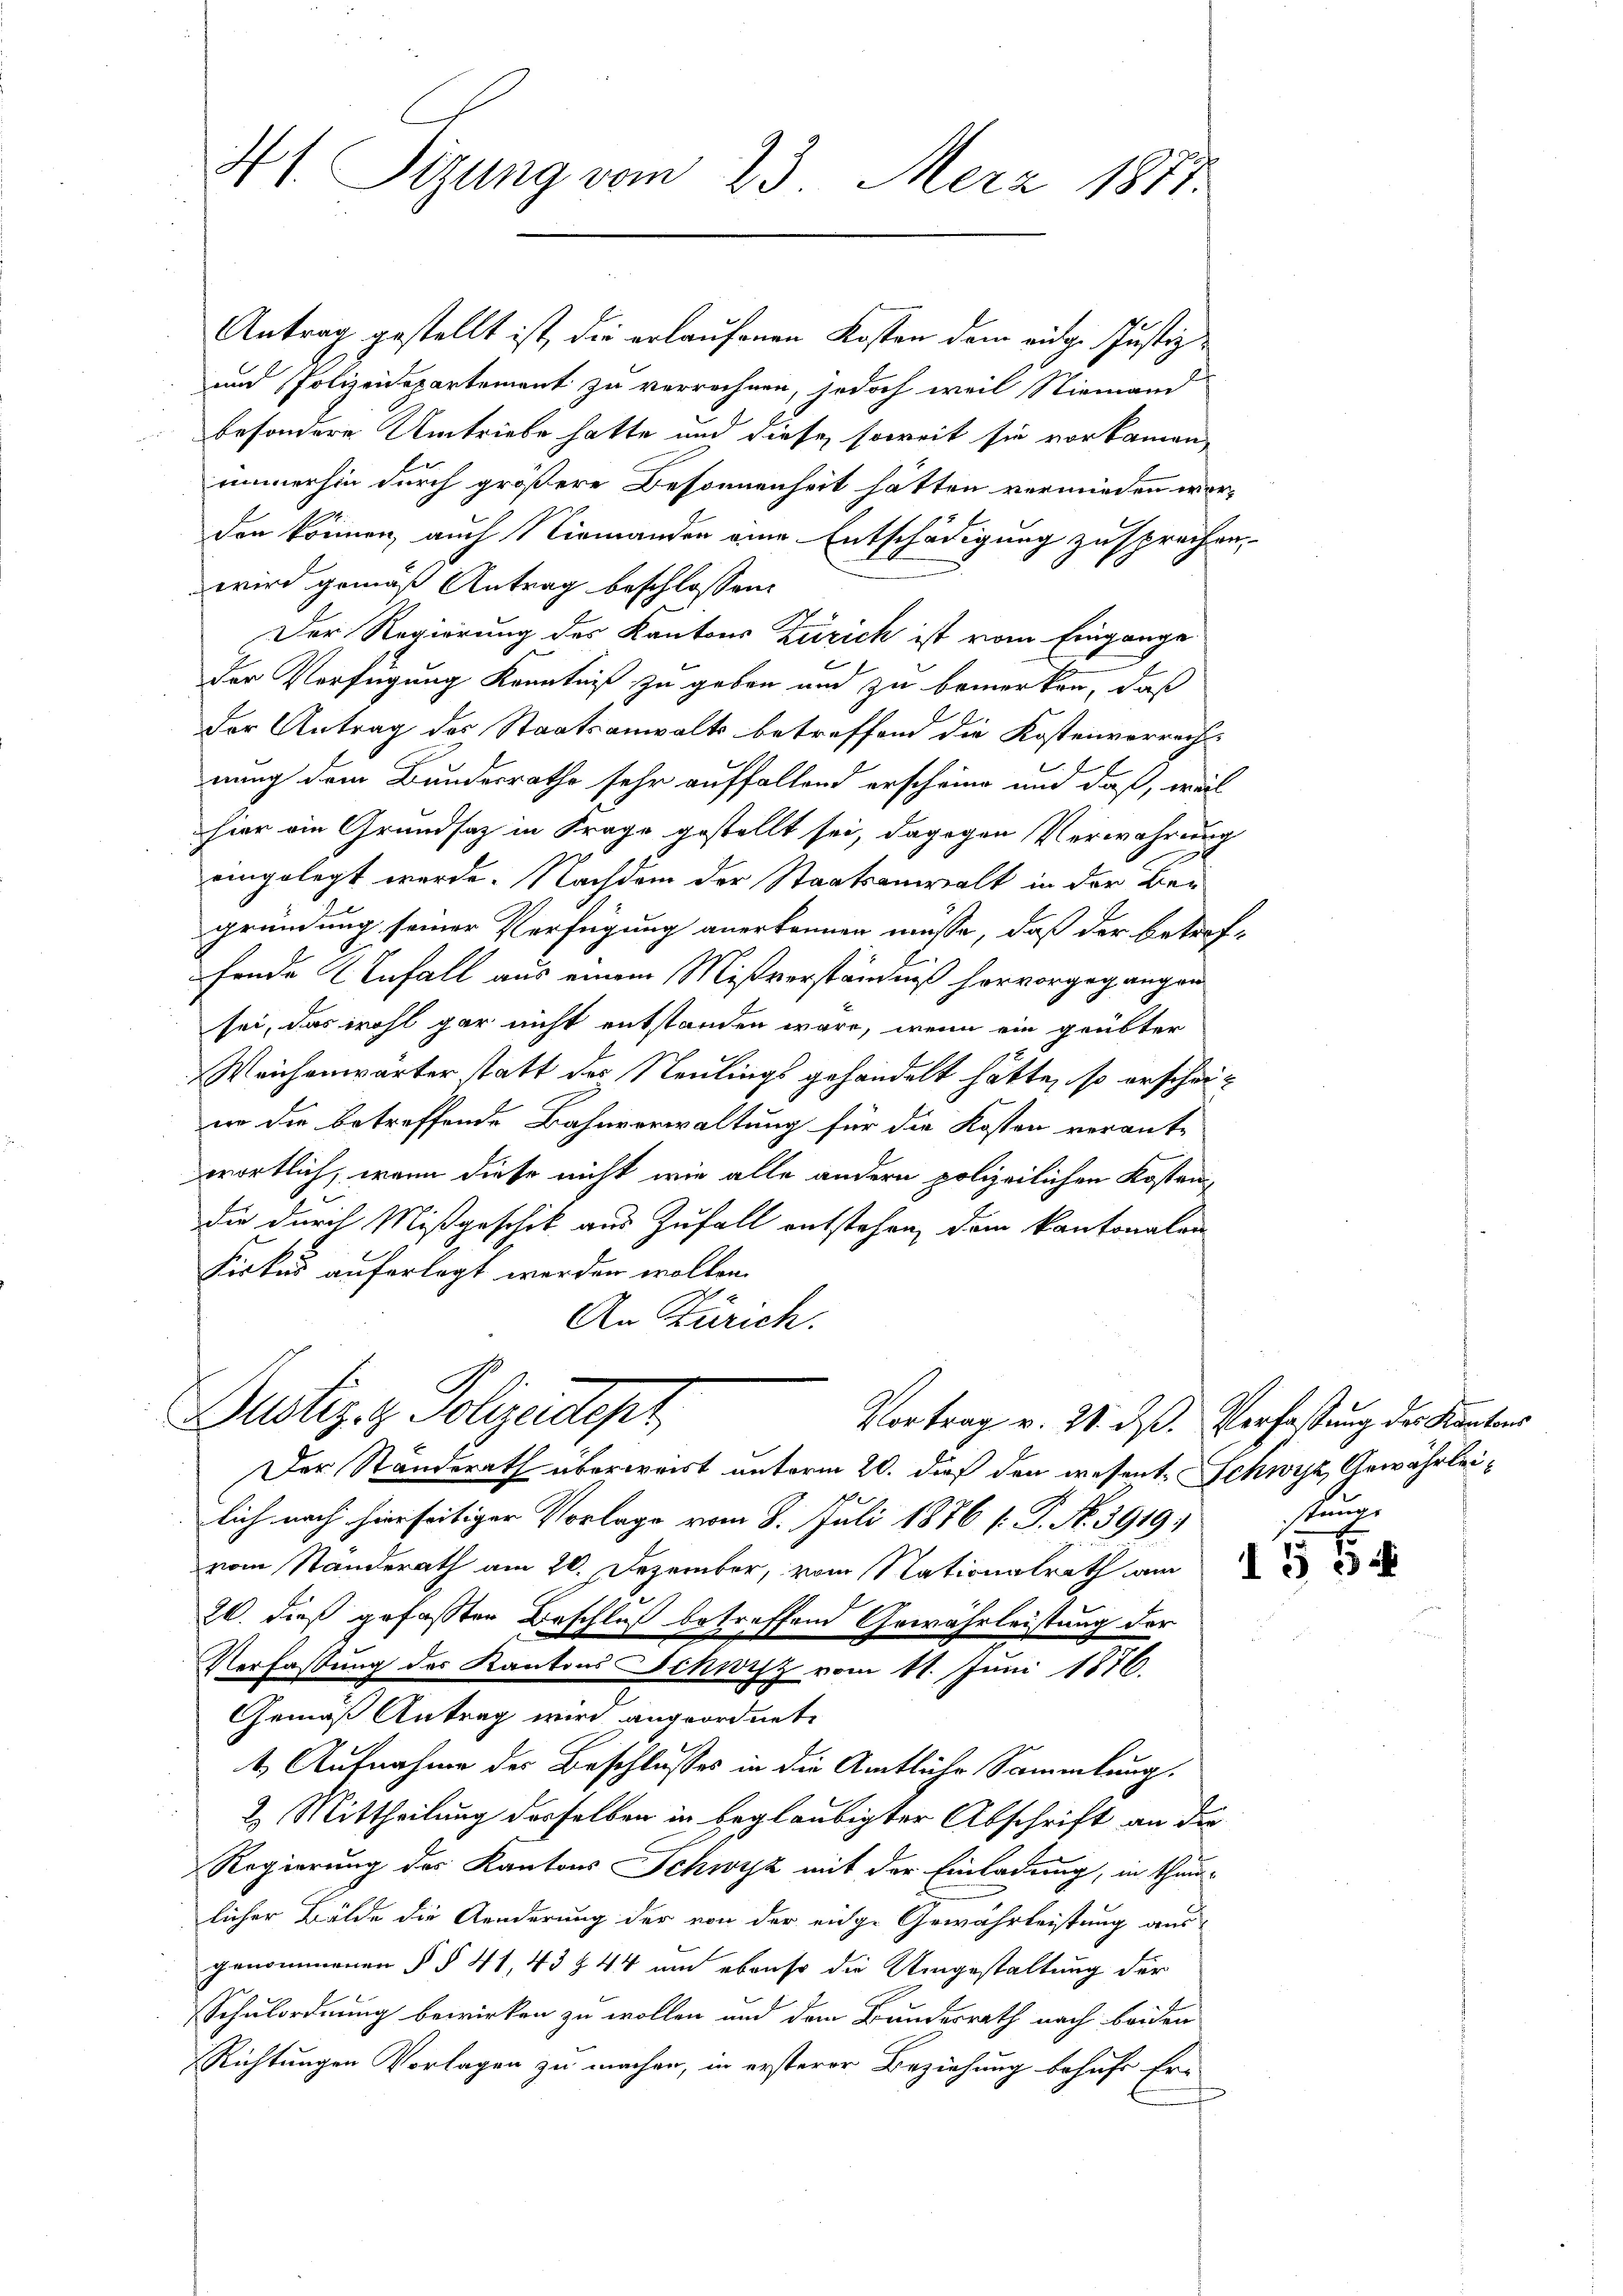
Ht. Sizung vom 23. Merz 1883.

Antrag gestellt ist, die erlaufenen Kosten dem eidg. Justiz-
und Polizeidepartement zu verrechnen, jedoch weil Niemann
besondere Umtriebe hatte und diese, soweit sie vorkamen,
immerhin durch größere Besonnenheit hätten vermieden worden können, auch Niemanden eine Entschädigung zusprechen,
wird gemäß Antrag beschlossen:
Der Regierung des Kantons Zürich ist vom Eingange
der Verfügung Kenntniß zu geben und zu bemerken, daß
Der Antrag des Staatsanwalts betreffend die Kostenvorrecht
l
nung dem Bundesrathe sehr auffallend erscheine und daß, wel
hier ein Grundsaz in Frage gestellt sei, dagegen Verwahrung
eingelegt werde. Nachdem der Staatsanwalt in der Begründung seiner Verfügung anerkennen müsse, daß der betreffende Infall aus einem Mißverständniß hervorgegangen
sei, das wohl gar nicht entstanden wäre, wenn ein geübter
Weichenwärter statt der Neulings gehandelt hätte, so erscheiwo die betreffende Bahnverwaltung für die Kosten verant-
wortlich, wenn diese nicht wie alle andern polizeilichen Kosten
die durch Mißgeschick aus Zufall entstehen, dem kantonalen
Firkes auferlegt werden wollen.
An Zürich.
Justiz- & Polizecept
Vortrag v. 21. ds. Verfaßung des Kantons
Der Standerath überweist unterm 20. daß den wesent. Schwyz, Gewährleis
lich nach hierseitiger Vorlage vom 8. Juli 1876 [: P. Nr. 3919
vom Ständerath am 20. Dezember, vom Nationalrath am
26. dieß gefassten Beschluß betreffend Gewährleistung der
Verfaßung des Kantons Schwyz vom 11. Juni 1876.
Gemäß Antrag wird angeordnete
1. Aufnahme der Beschlusses in die Amtliche Sammlung.
2. Mittheilung desselben in beglaubigter Abschrift an der
Regierung des Kantons Schwyz mit der Einladung, in Thur-
licher Bälde die Aenderung der von der eige Gewährleistung aus
genommenen § § 41, 43 § 44 um ebenso die Umgestaltung der
Schulordnung bewirken zu wollen und dem Bundesrath nach beiden
Richtungen Vorlagen zu machen, in ersterer Beziehung behufe Er-

stung